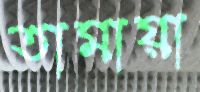
তামায়া